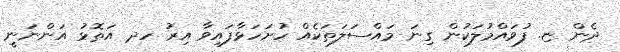
ދެން ޏ. ފުވައްމުލަކުން ގިނަ މައްސަލަތަކެއް ހުށަހަޅާފައިވާ އިރު ހދ އަތޮޅު އަންނަނީ